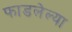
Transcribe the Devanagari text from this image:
फाडलेल्या